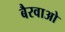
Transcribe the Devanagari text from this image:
बैरवाओ